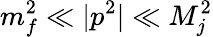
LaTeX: m_{f}^{2}\ll|p^{2}|\ll M_{j}^{2}